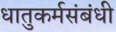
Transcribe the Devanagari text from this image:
धातुकर्मसंबंधी